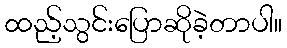
ထည့်သွင်းပြောဆိုခဲ့တာပါ။